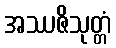
အဿဇိသုတ္တံ